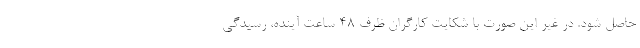
حاصل شود. در غیر این صورت با شکایت کارگران ظرف ۴۸ ساعت آینده، رسیدگی